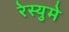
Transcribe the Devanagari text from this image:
रेस्युमे